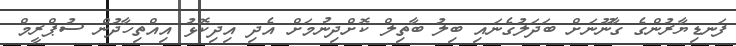
ފަނޑިޔާރުންގެ ގާނޫނަށް ބަދަލުގެނައި ބިލު ބާތިލް ކޮށްދިނުމަށް އެދި އިދިކޮޅު އިއްތިހާދުން ސުޕްރީމް